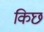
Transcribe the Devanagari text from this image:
किछ